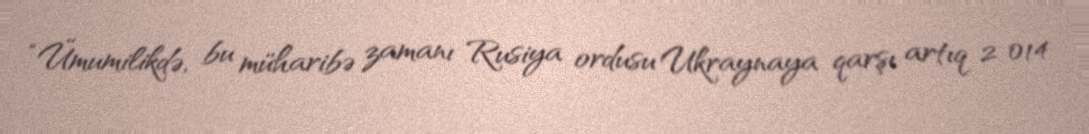
“Ümumilikdə, bu müharibə zamanı Rusiya ordusu Ukraynaya qarşı artıq 2 014